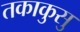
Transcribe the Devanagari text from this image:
तकाकुसु